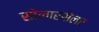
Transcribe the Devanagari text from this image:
सोलारसेलर